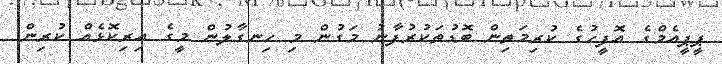
ޕީޕީއެމްގެ އޮފީހުގެ ކުރިމަތިން ބޮޑުތަކުރުފާނު މަގުން މި ހިނގާލުން މީގެ އިރިކޮޅެއް ކުރިން